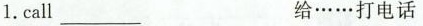
1.call___ 给……打电话